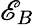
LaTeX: \mathscr{E}_{B}